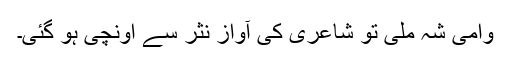
وامی شہ ملی تو شاعری کی آواز نثر سے اونچی ہو گئی۔